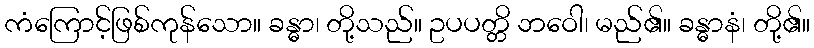
ကံကြောင့်ဖြစ်ကုန်သော။ ခန္ဓာ၊ တို့သည်။ ဥပပတ္တိ ဘဝေါ၊ မည်၏။ ခန္ဓာနံ၊ တို့၏။